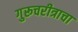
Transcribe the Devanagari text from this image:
गुरूचरीत्राचा